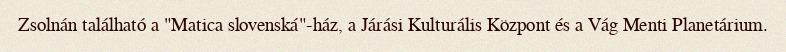
Zsolnán található a "Matica slovenská"-ház, a Járási Kulturális Központ és a Vág Menti Planetárium.